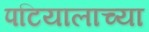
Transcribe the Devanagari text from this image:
पटियालाच्या